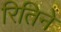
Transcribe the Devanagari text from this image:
रितिने